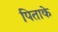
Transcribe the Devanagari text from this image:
पिताके